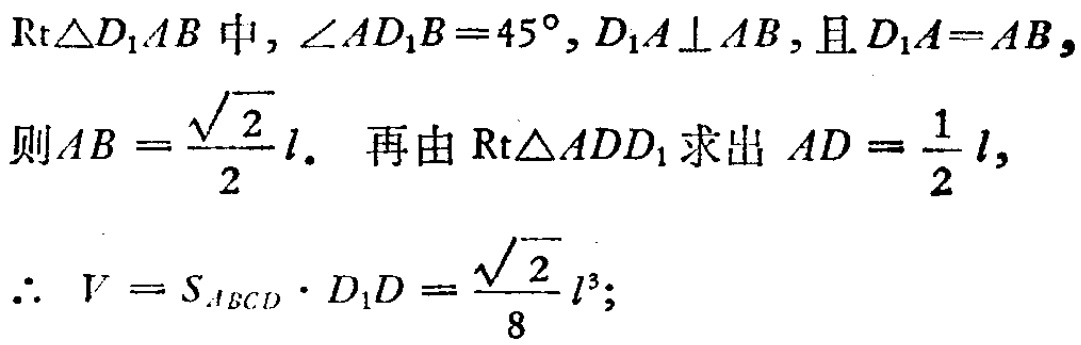
$\text{Rt}\triangle D_{1}AB\text{中},\angle AD_{1}B = 45^{\circ},D_{1}A\perp AB,\text{且}D_{1}A = AB,\\
\text{则}AB=\frac{\sqrt{2}}{2}l.\ \text{再由}\text{Rt}\triangle ADD_{1}\text{求出}AD = \frac{1}{2}l,\\
\therefore\ V = S_{ABCD}\cdot D_{1}D=\frac{\sqrt{2}}{8}l^{3};$